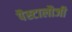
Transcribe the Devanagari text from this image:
पैस्टालौजी